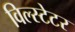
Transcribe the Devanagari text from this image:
विल्स्टेटर